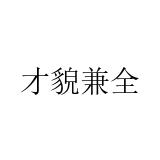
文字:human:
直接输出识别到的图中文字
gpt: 才貌兼全